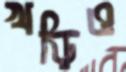
খড়িও